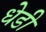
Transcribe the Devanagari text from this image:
धेडी